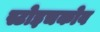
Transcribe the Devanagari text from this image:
स्टोइचकोव